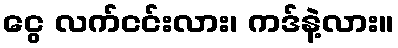
ငွေ လက်ငင်းလား၊ ကဒ်နဲ့လား။